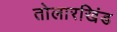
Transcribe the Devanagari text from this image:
तोलारखिंड